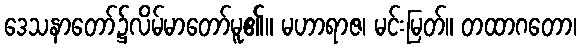
ဒေသနာတော်၌လိမ်မာတော်မူ၏။ မဟာရာဇ၊ မင်းမြတ်။ တထာဂတော၊